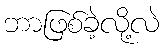
ဘာဖြစ်ခဲ့လို့လဲ